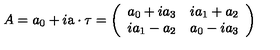
A = a _ { 0 } + i \mathrm { \boldmath a } \cdot \mathrm { \boldmath \tau } = \left( \begin{array} { c c } { a _ { 0 } + i a _ { 3 } } & { i a _ { 1 } + a _ { 2 } } \\ { i a _ { 1 } - a _ { 2 } } & { a _ { 0 } - i a _ { 3 } } \\ \end{array} \right)